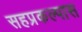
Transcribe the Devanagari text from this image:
सहप्रकल्पास